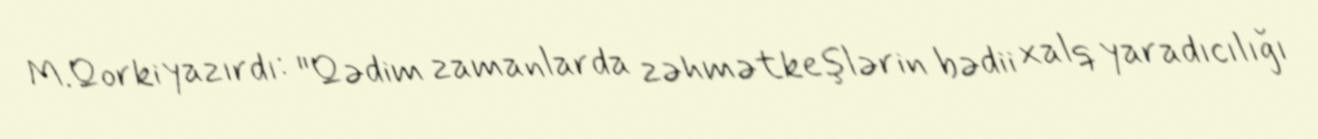
M.Qorki yazırdı: "Qədim zamanlarda zəhmətkeşlərin bədii xalq yaradıcılığı